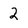
Character: 2